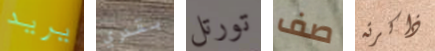
يريد بقدري تورتل صف ذاكرته